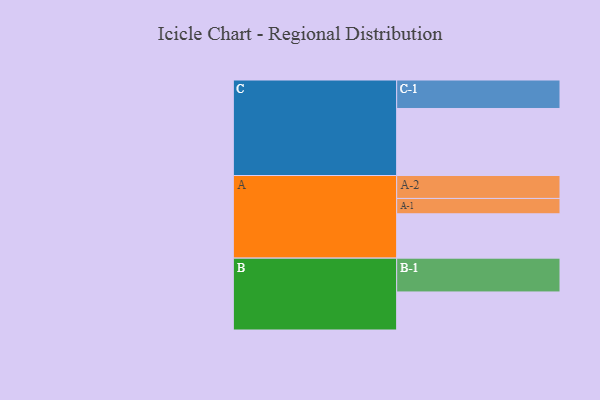
{"axis": {"x": "Segment", "y": "Value"}, "legend": ["", "A", "B", "C"], "data": [{"x": "A", "y": 375, "type": ""}, {"x": "B", "y": 322, "type": ""}, {"x": "C", "y": 567, "type": ""}, {"x": "A-1", "y": 130, "type": "A"}, {"x": "A-2", "y": 194, "type": "A"}, {"x": "B-1", "y": 286, "type": "B"}, {"x": "C-1", "y": 241, "type": "C"}]}